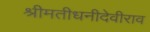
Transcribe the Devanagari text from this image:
श्रीमतीधनीदेवीराव